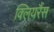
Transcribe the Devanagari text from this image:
क्लियरैंस